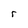
Character: r